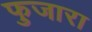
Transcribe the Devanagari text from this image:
फुजारा